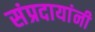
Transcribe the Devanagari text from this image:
संप्रदायांनी